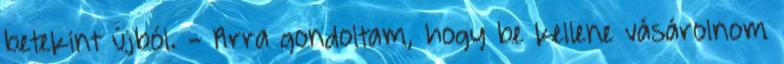
betekint újból. - Arra gondoltam, hogy be kellene vásárolnom